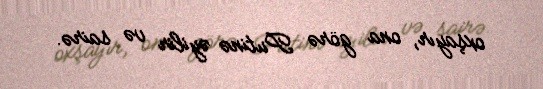
oxşayır, ona görə Putinə əyilir və sairə.